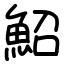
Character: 鮉